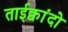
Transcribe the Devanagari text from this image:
ताईक्वांदो